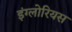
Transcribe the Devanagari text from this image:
इंग्लोरियस